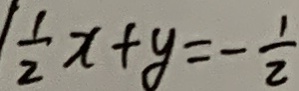
\frac { 1 } { 2 } x + y = - \frac { 1 } { 2 }